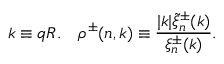
k \equiv q R . \quad \rho ^ { \pm } ( n , k ) \equiv \frac { | k | \tilde { \xi } _ { n } ^ { \pm } ( k ) } { \xi _ { n } ^ { \pm } ( k ) } .